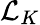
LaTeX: {\mathcal{L}}_{K}